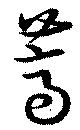
薺